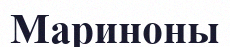
Мариноны